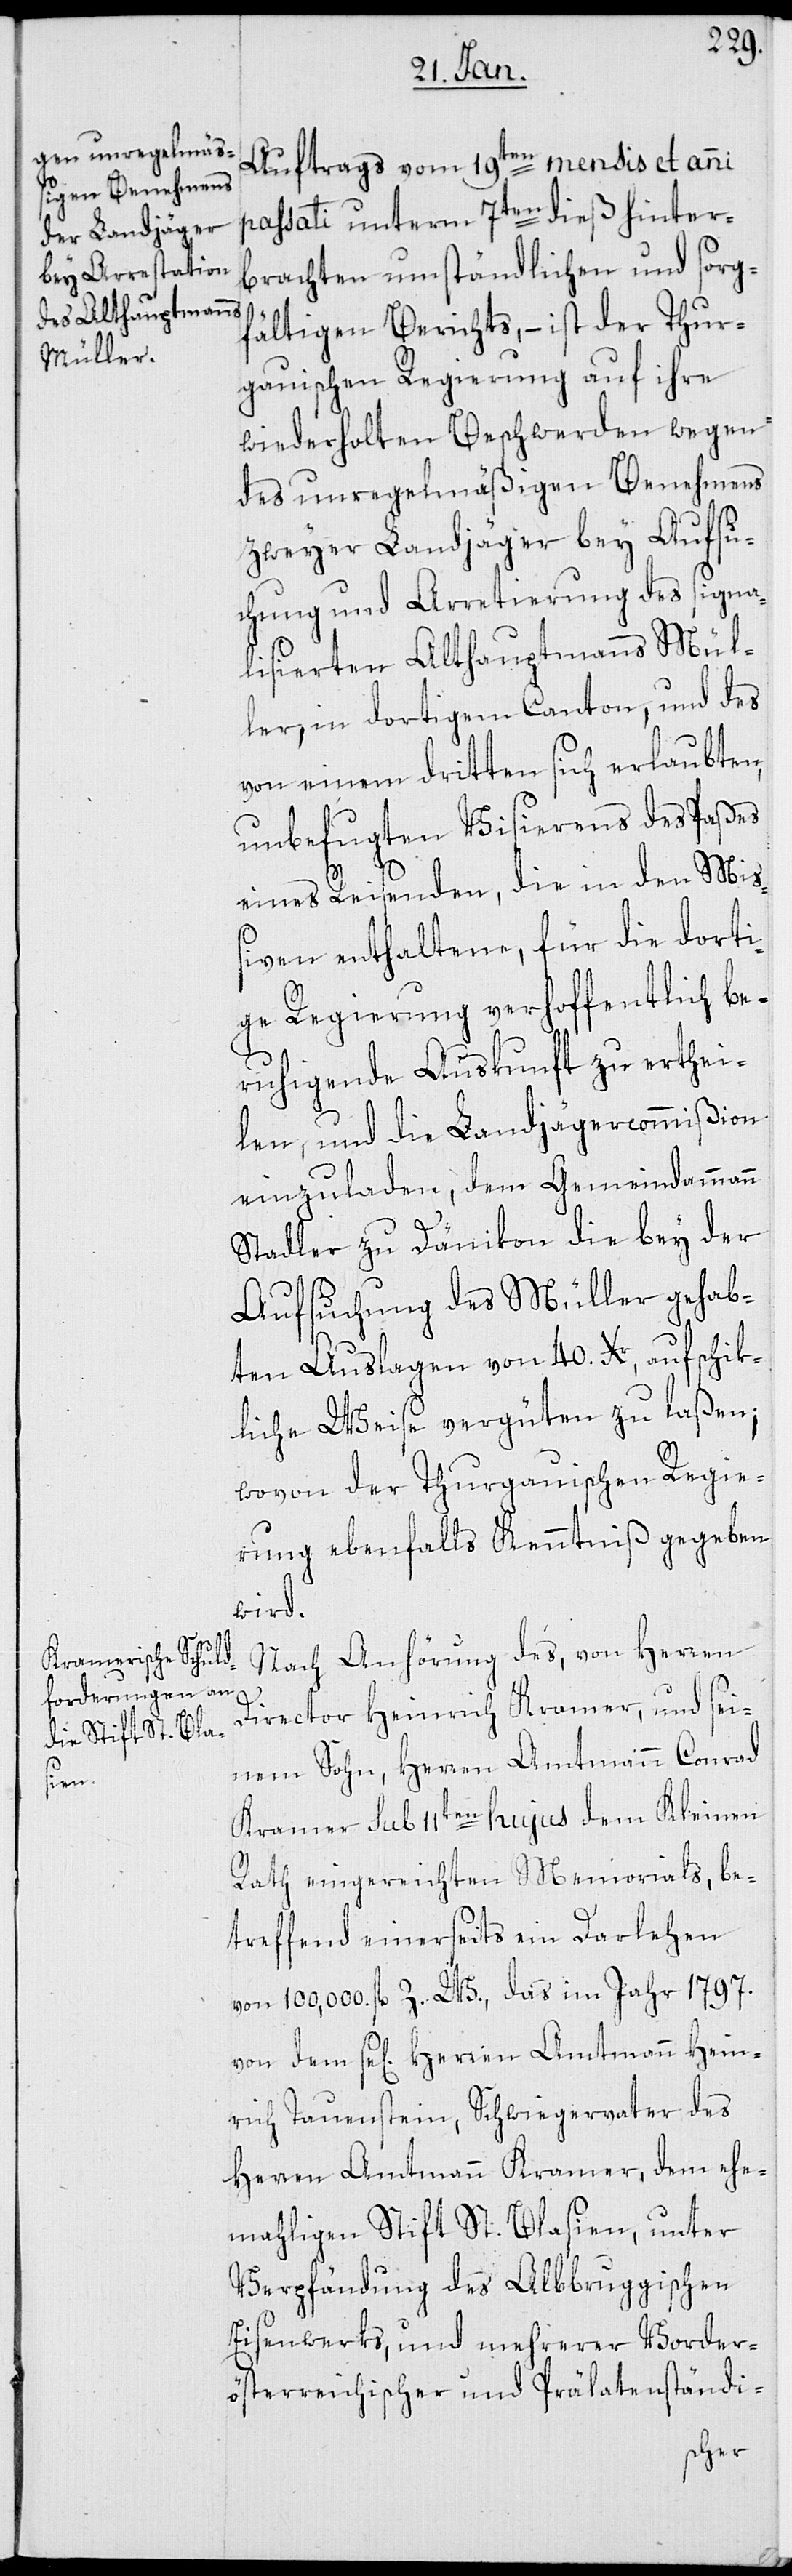
Auftrags vom 19ten mensis et anni
passati unterm 7ten dieß hinter¬
brachten umständlichen und sorg¬
fältigen Berichts, – ist der Thur¬
gauischen Regierung auf ihre
wiederholten Beschwerden wegen
des unregelmäßigen Benehmens
zweyer Landjäger bey Aufsu¬
chung und Arretierung des signa¬
lisierten Althauptmanns Mül¬
ler, in dortigem Canton, und des
von einem dritten sich erlaubten,
unbefugten Visierens des Paßes
eines Reisenden, die in den Mi¬
ßiven enthaltene, für die dorti¬
ge Regierung verhoffentlich be¬
ruhigende Auskunft zu erthei¬
len, und die Landjägercommißion
einzuladen, dem Gemeindammann
Stadler zu Dänikon die bey der
Aufsuchung des Müller gehab¬
ten Auslagen von 40. Xr., auf schik¬
liche Weise vergüten zu laßen;
wovon der Thurgauischen Regie¬
rung ebenfalls Kenntniß gegeben
wird.
Nach Anhörung des, von Herren
Director Heinrich Kramer, und sei¬
nem Sohn, Herren Amtmann Conrad
Kramer, sub 11ten hujus dem Kleinen
Rath eingereichten Memorials, be¬
treffend einerseits ein Darlehen
von 100,000. fl. Z. W., das im Jahr 1797.
von dem se[ligem] Herren Amtmann Hein¬
rich Tauenstein, Schwiegervater des
Herren Amtmann Kramer, dem ehe¬
mahligen Stift St. Blasien, unter
Verpfändung des Albbruggischen
Eisenwerks, und mehrerer Vorder¬
österreichischer und Prälatenständi-